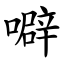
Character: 噼